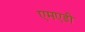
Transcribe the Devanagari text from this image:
एमएडी